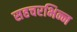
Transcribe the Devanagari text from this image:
सहचरभिन्न